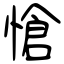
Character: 愴